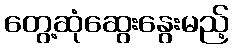
တွေ့ဆုံဆွေးနွေးမည့်